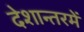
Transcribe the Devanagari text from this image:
देशान्तरमें